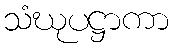
သံဃုပဋ္ဌာကာ